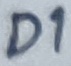
Text: D1